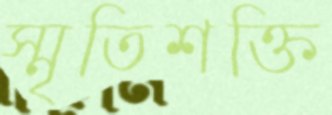
স্মৃতিশক্তি